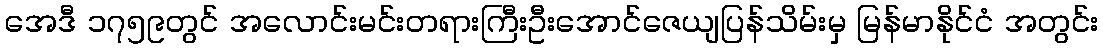
အေဒီ ၁၇၅၉တွင် အလောင်းမင်းတရားကြီးဦးအောင်ဇေယျပြန်သိမ်းမှ မြန်မာနိုင်ငံ အတွင်း